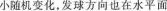
小随机变化，发球方向也在水平面